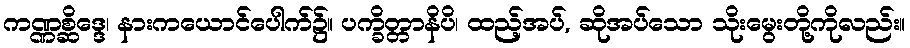
ကဏ္ဏစ္ဆိဒ္ဒေ၊ နားကယောင်ပေါက်၌။ ပက္ခိတ္တာနိပိ၊ ထည့်အပ်, ဆိုအပ်သော သိုးမွေးတို့ကိုလည်း။